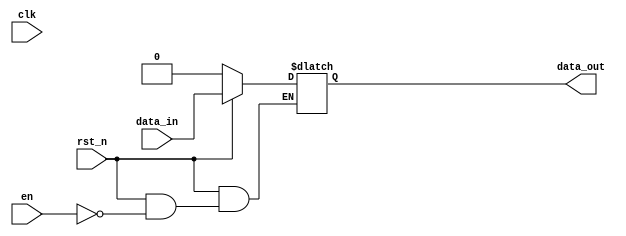
module latch (
    input clk,
    input en,
    input rst_n,
    input data_in,
    output reg data_out
);

    always @(clk, en, rst_n) begin
        if (!rst_n) data_out = 1'b0;
        else if (en) data_out = data_in;
    end
endmodule